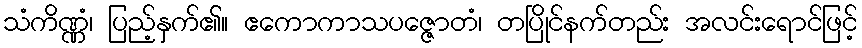
သံကိဏ္ဏံ၊ ပြည့်နှက်၏။ ဧကောကာသပဇ္ဇောတံ၊ တပြိုင်နက်တည်း အလင်းရောင်ဖြင့်